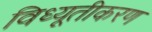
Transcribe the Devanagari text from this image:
विध्यूतीकरण